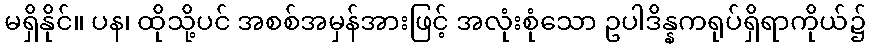
မရှိနိုင်။ ပန၊ ထိုသို့ပင် အစစ်အမှန်အားဖြင့် အလုံးစုံသော ဥပါဒိန္နကရုပ်ရှိရာကိုယ်၌